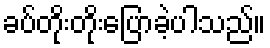
ခပ်တိုးတိုးပြောခဲ့ပါသည်။